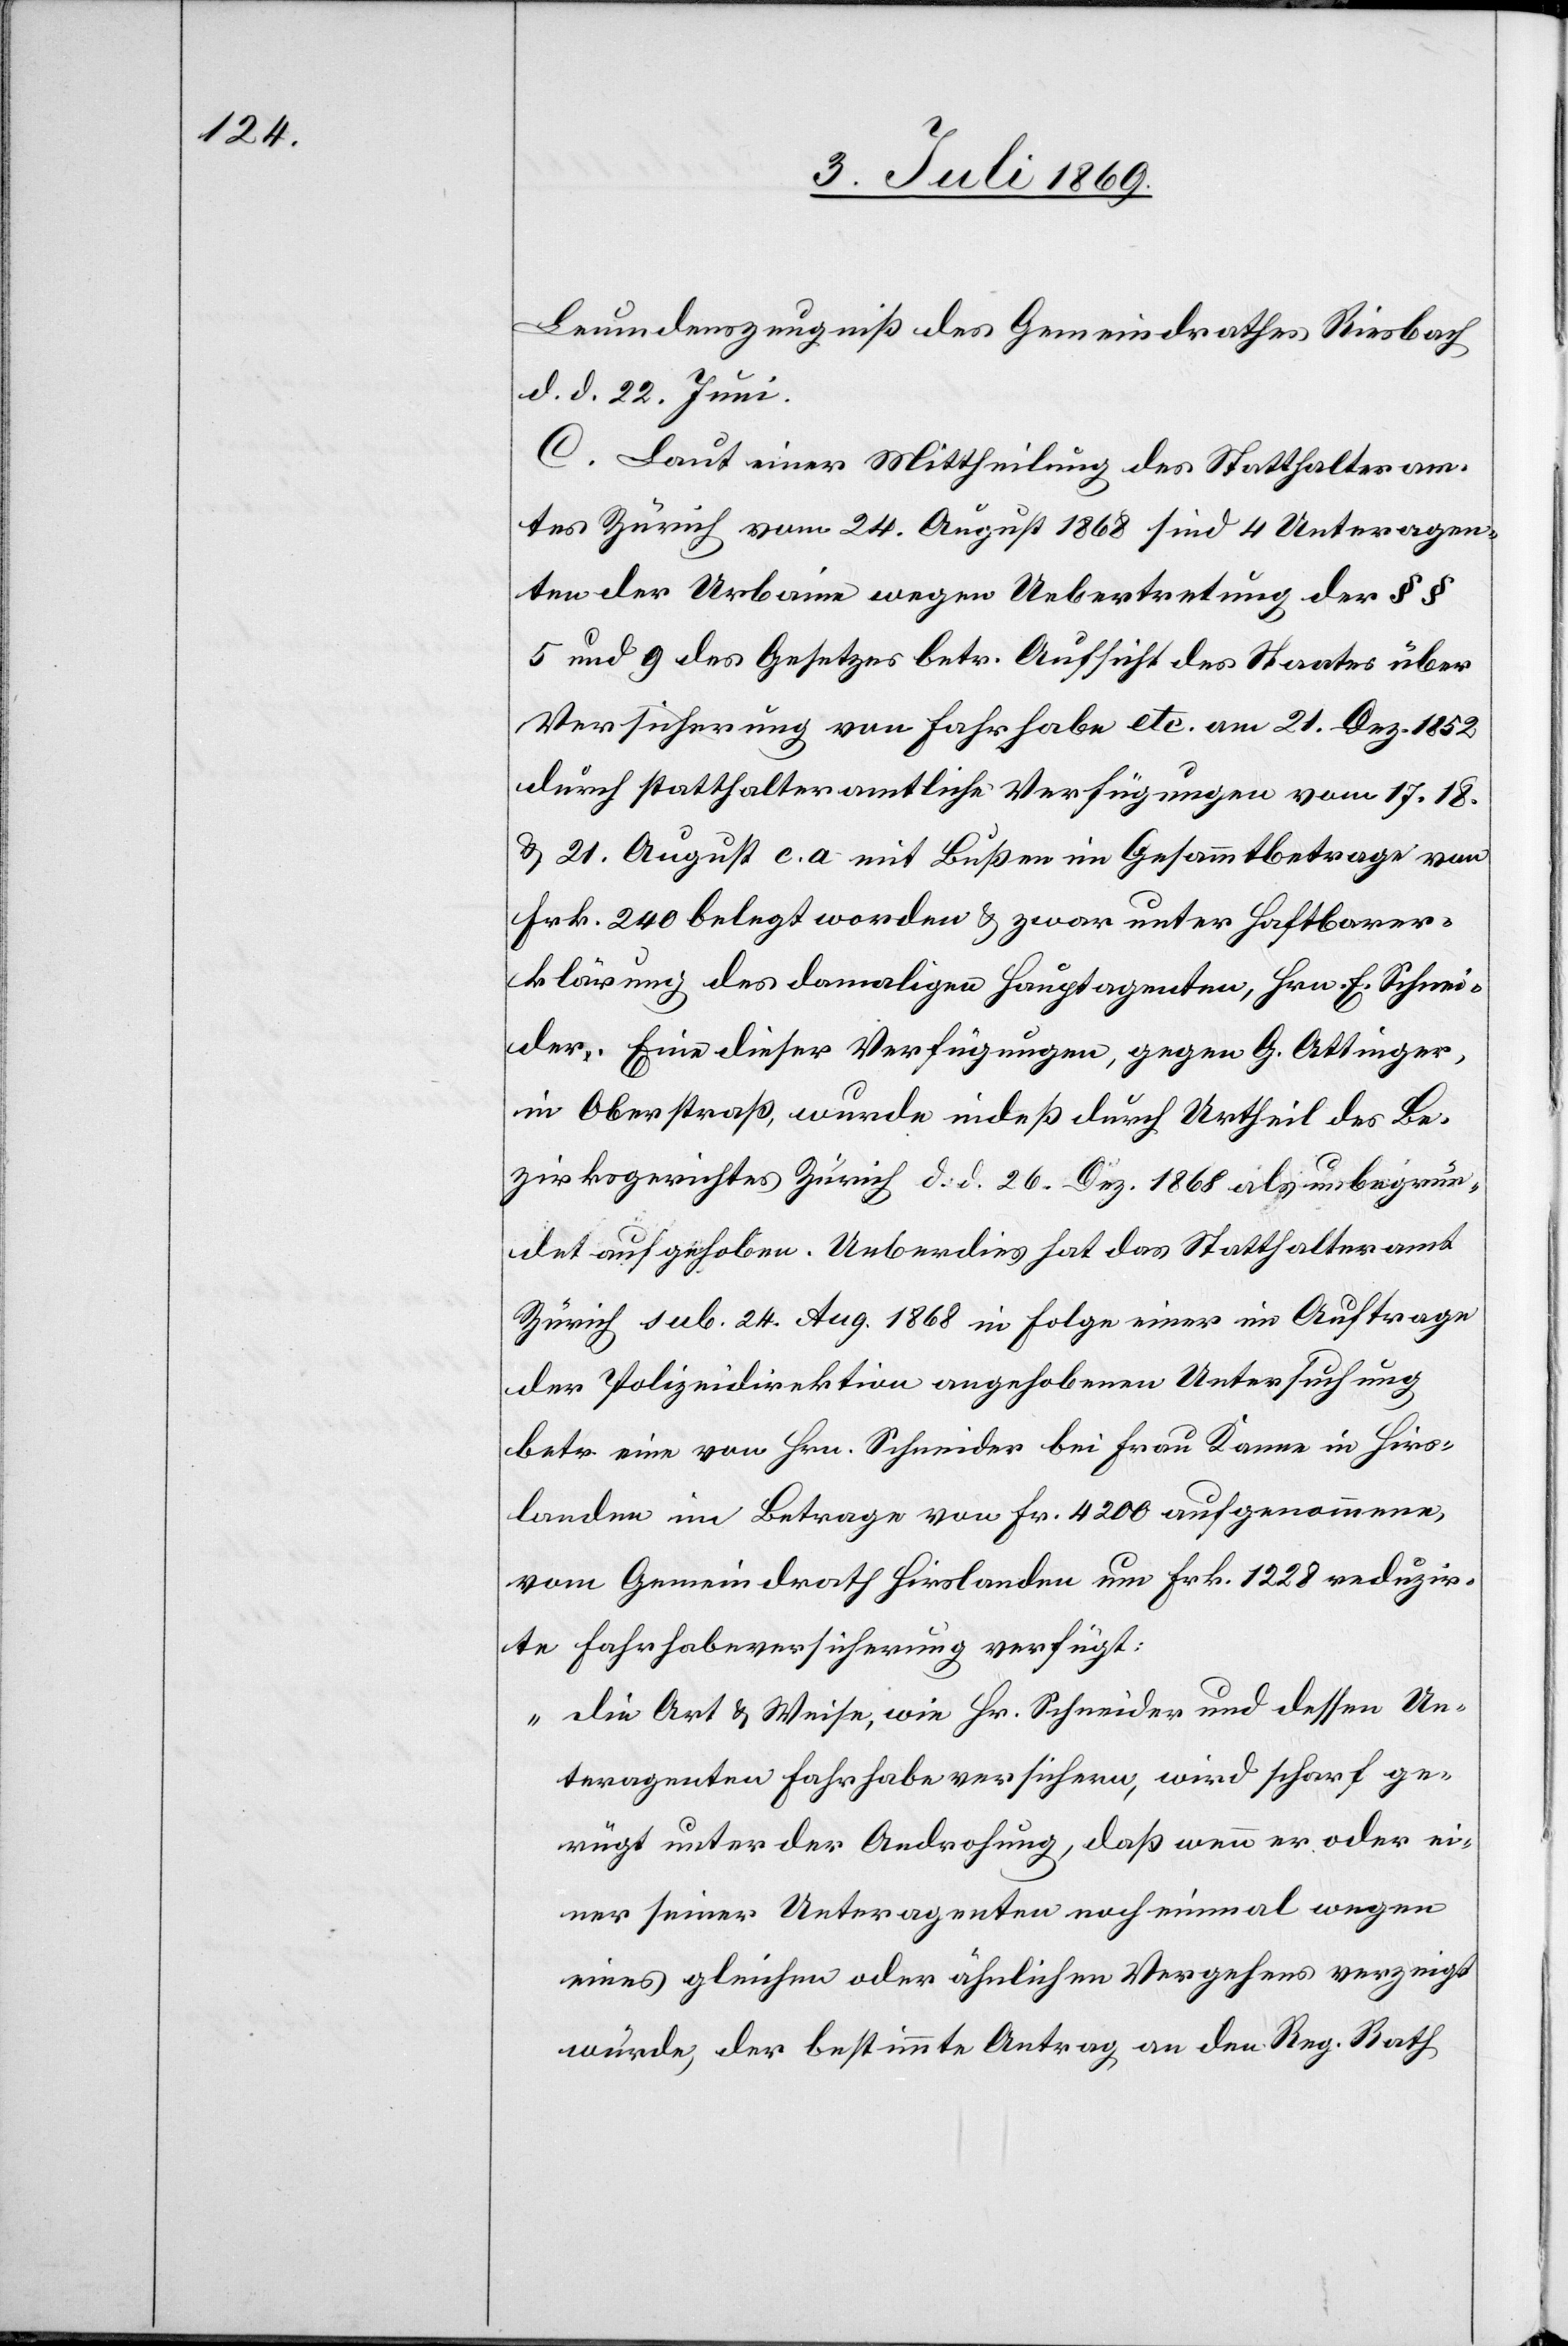
Leumdenszeugniß des Gemeindrathes Riesbach
d. d. 22 Juni.
C. Laut einer Mittheilung des Statthalteram¬
tes Zürich vom 24 August 1868 sind 4 Unteragen¬
ten der Urbaine wegen Uebertragung der §§
5 und 9 des Gesetzes betr. Aufsicht des Staates über
Versicherung von Fahrhabe etc. am 21 Dez. 1852
durch statthalteramtliche Verfügungen vom 17. 18.
u. 21 August c. a. mit Bußen im Gesammtbetrage von
Frk. 240 belegt worden u. zwar unter Haftbarer¬
klärung des damaligen Hauptagenten, Hrn. E. Schnei¬
der. Eine dieser Verfügungen, gegen G. Ottinger,
in Oberstraß, wurde indeß durch Urtheil des Be¬
zirksgerichtes Zürich d. d. 26 Dez. 1868 als unbegrün¬
det aufgehoben. Ueberdies hat das Statthalteramt
Zürich sub. 24 Aug. 1868 in Folge einer im Auftrage
der Polizeidirektion angehobenen Untersuchung
betr. eine von Hrn. Schneider bei Frau Kanne in Hirs¬
landen im Betrage von Fr. 4200 aufgenommenen,
vom Gemeindrath Hirslanden um Frk. 1228 reduzir¬
te Fahrbahnversicherung verfügt:
„Die Art u. Weise, wie Hr. Schneider und dessen Un¬
teragenten Fahrhabe versichern, wird scharf ge¬
rügt unter der Androhung, daß wenn er oder ei¬
ner seiner Unteragenten noch einmal wegen
eines gleichen oder ähnlichen Vergehens verzeigt
würde, der bestimmte Antrag an den Reg. Rath